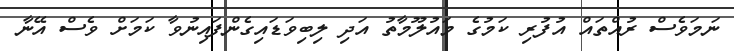
ނަމަވެސް ރުއްތައް އުފުރި ކަމުގެ މައުލޫމާތު އަދި ލިބިވަޑައިގެންފައިނުވާ ކަމަށް ވެސް އޭނާ